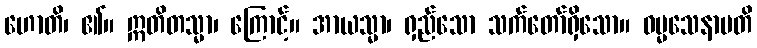
ဟောတိ၊ ၏။ ဣတိတသ္မာ၊ ကြောင့်။ အာယသ္မာ၊ ရှည်သော သက်တော်ရှိသော။ ဓမ္မသေနာပတိ